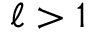
\ell > 1